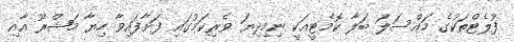
ފުލެޓްތަކުގެ މައްސަލަ ބަލާ ކޮމެޓީއަކީ ނިމިދިޔަ ވެރިކަމުގައި ފަށާފައިވާ ހިޔާ މަޝްރޫ އާއި